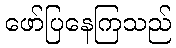
ဖော်ပြနေကြသည်